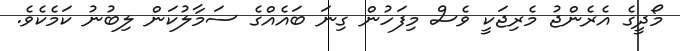
މޯދީގެ އެރެންޖު މެރިޖަކީ ވެސް މިފަހުން ގިނަ ބައެއްގެ ސަމާލުކަން ލިބުނު ކަމެކެވެ.